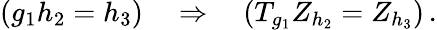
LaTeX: (g_{1}h_{2}=h_{3})\quad\Rightarrow\quad(T_{g_{1}}Z_{h_{2}}=Z_{h_{3}})\, .